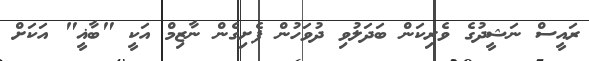
ރައީސް ނަޝީދުގެ ވެރިކަން ބަދަލުވި ދުވަހުން ފެށިގެން ނާޒިމް އަކީ "ބާޣީ" އަކަށް